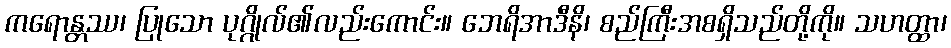
ကရောန္တဿ၊ ပြုသော ပုဂ္ဂိုလ်၏လည်းကောင်း။ ဘေရိအာဒီနိ၊ စည်ကြီးအစရှိသည်တို့ကို။ သဟတ္ထာ၊